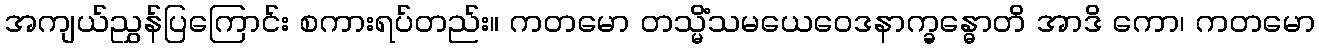
အကျယ်ညွှန်ပြကြောင်း စကားရပ်တည်း။ ကတမော တသ္မိံသမယေဝေဒနာက္ခန္ဓောတိ အာဒိ ကော၊ ကတမော